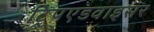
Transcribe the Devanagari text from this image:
ट्रिपएडवाइसर